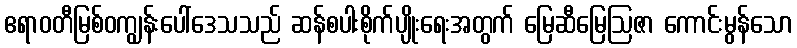
ဧရာဝတီမြစ်ဝကျွန်းပေါ်ဒေသသည် ဆန်စပါးစိုက်ပျိုးရေးအတွက် မြေဆီမြေဩဇာ ကောင်းမွန်သော